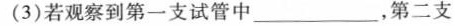
(3)若观察到第一支试管中___，第二支